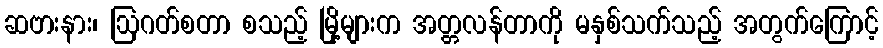
ဆဗားနား၊ ဩဂတ်စတာ စသည့် မြို့များက အတ္တလန်တာကို မနှစ်သက်သည့် အတွက်ကြောင့်